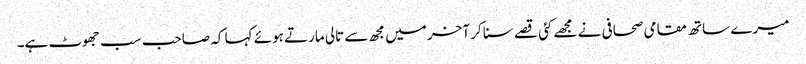
میرے ساتھ مقامی صحافی نے مجھے کئی قصے سنا کر آخر میں مجھ سے تالی مارتے ہوئے کہا کہ صاحب سب جھوٹ ہے۔